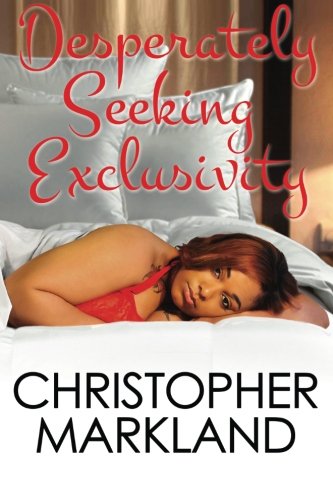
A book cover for Desperately Seeking Exclusivity (Volume 1); Christopher Markland; Literature & Fiction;